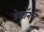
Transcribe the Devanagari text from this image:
डेव्हॉनचे